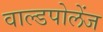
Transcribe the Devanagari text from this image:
वाल्डपोलेंज